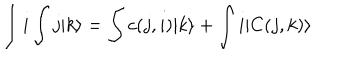
\int i \int j | k \rangle = \int c ( j , i ) | k \rangle + \int i | C ( j , k ) \rangle